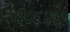
૨૦૬૫મી